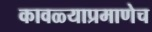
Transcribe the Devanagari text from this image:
कावळ्याप्रमाणेच